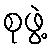
စုဖွဲ့